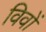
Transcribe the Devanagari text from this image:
विवों